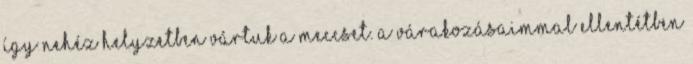
így nehéz helyzetben vártuk a meccset. A várakozásaimmal ellentétben